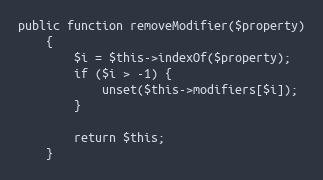
Language: PHP
public function removeModifier($property)
    {
        $i = $this->indexOf($property);
        if ($i > -1) {
            unset($this->modifiers[$i]);
        }

        return $this;
    }